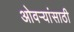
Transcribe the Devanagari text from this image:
ओवर्‍यांसाठी